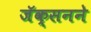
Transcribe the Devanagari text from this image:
जॅक्सनने